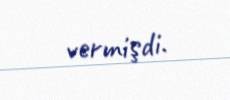
vermişdi.